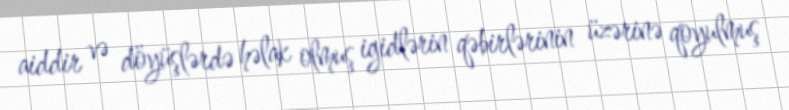
aiddir və döyüşlərdə həlak olmuş igidlərin qəbirlərinin üzərinə qoyulmuş